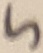
Text: 5